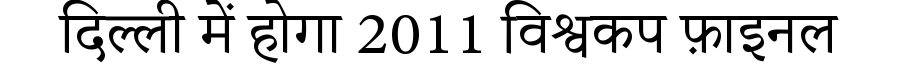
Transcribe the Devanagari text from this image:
दिल्ली में होगा 2011 विश्वकप फ़ाइनल